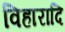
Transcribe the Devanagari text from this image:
विहारादि